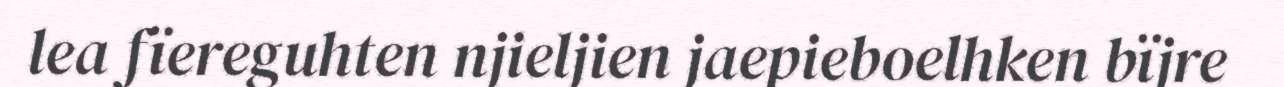
lea fïereguhten njieljien jaepieboelhken bïjre